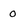
Character: O